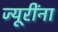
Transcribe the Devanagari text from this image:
ज्यूरींना